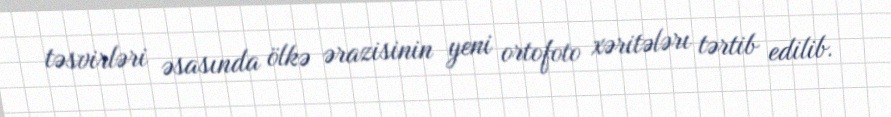
təsvirləri əsasında ölkə ərazisinin yeni ortofoto xəritələrı tərtib edilib.